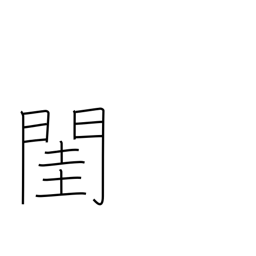
Meaning: bedroom